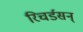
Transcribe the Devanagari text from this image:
रिचर्डसन्